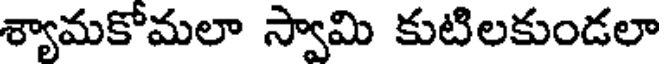
శ్యామకోమలా స్వామి కుటిలకుండలా